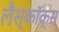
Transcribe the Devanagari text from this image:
लैस्कॉक्स